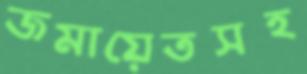
জমায়েতসহ